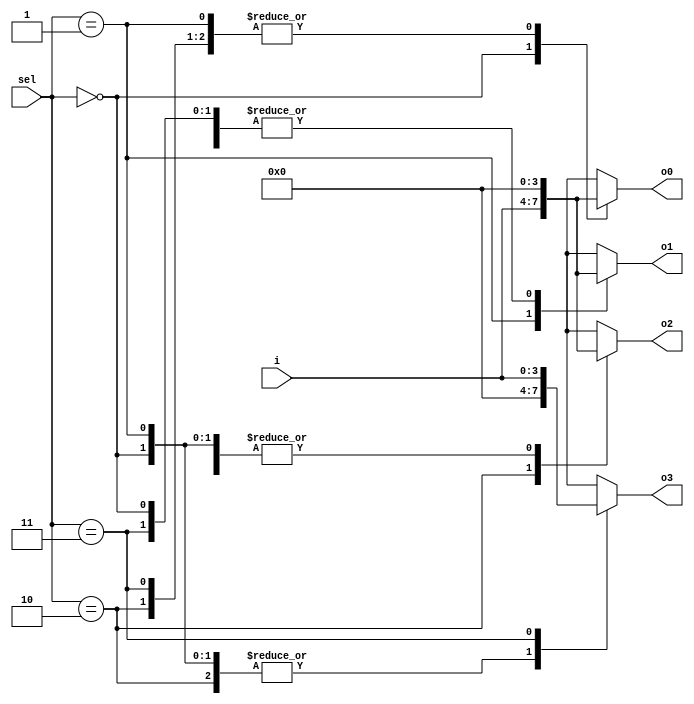
`timescale 1ns / 1ps
//////////////////////////////////////////////////////////////////////////////////
// Company: 
// 
// Design Name: Demultiplexer 1x4
// Module Name: Demultiplexer_1x4
// Project Name: Demultiplexer 1x4 
// Target Devices: 
// Tool Versions: Vivado 2021.2
// Description: 
// 
// Dependencies: 
// 
// Revision:
// Revision 0.01 - File Created
// Additional Comments:
// 
//////////////////////////////////////////////////////////////////////////////////


module Demultiplexer_1x4 #(parameter size = 4)(
    o0,
    o1,
    o2,
    o3,
    sel,
    i
    );
    
    output reg [size-1:0]o0;
    output reg [size-1:0]o1;
    output reg [size-1:0]o2;
    output reg [size-1:0]o3;
    input [1:0]sel;
    input [size-1:0]i;
    
    always@(*)
    begin
        case(sel)
            'b00 :  begin 
                       o0 = i;
                       o1 = 0;
                       o2 = 0;
                       o3 = 0;
                    end
            'b01 :  begin 
                       o0 = 0;
                       o1 = i;
                       o2 = 0;
                       o3 = 0;
                    end
            'b10 :  begin 
                       o0 = 0;
                       o1 = 0;
                       o2 = i;
                       o3 = 0;
                    end
            'b11 :  begin 
                       o0 = 0;
                       o1 = 0;
                       o2 = 0;
                       o3 = i;
                    end
        endcase
    end
endmodule